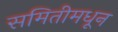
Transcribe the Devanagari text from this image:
समितीमधून